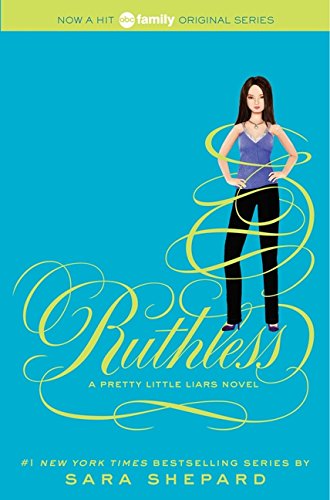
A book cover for Ruthless (Pretty Little Liars, Book 10); Sara Shepard; Teen & Young Adult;